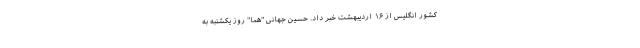
کشور انگلیس از ۱۶ اردیبهشت خبر داد. حسین جهانی "هما" روز یکشنبه به